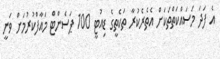
އެ ފަދަ މަސައްކަތްތަކަށް އެތެރެކުރާ ތަކެތީގެ ޑިއުޓީ 100 ޕަސެންޓް މައާފްކުރުމަށް ވަނީ